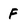
Character: F